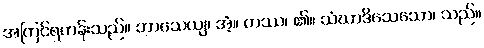
အကြင်ရဟန်းသည်။ ဘာသေယျ၊ အံ့။ တဿ၊ ၏။ သံဃာဒိသေသော၊ သည်။